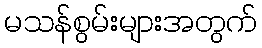
မသန်စွမ်းများအတွက်